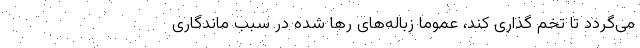
می‌گردد تا تخم گذاری کند، عموما زباله‌های رها شده در سبب ماندگاری